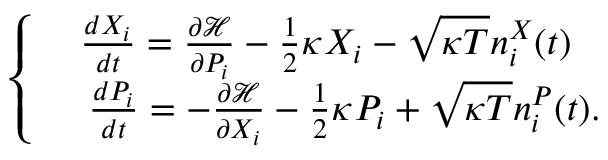
\begin{array} { r } { \left\{ \begin{array} { c } { \frac { d X _ { i } } { d t } = \frac { \partial \mathcal { H } } { \partial P _ { i } } - \frac { 1 } { 2 } \kappa X _ { i } - \sqrt { \kappa T } n _ { i } ^ { X } ( t ) } \\ { \ \ \ \frac { d P _ { i } } { d t } = - \frac { \partial \mathcal { H } } { \partial X _ { i } } - \frac { 1 } { 2 } \kappa P _ { i } + \sqrt { \kappa T } n _ { i } ^ { P } ( t ) . } \end{array} \right. } \end{array}